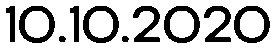
10.10.2020